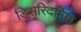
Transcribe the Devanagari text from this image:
डिसरिदमिया